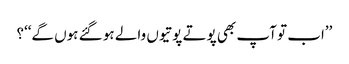
’’اب تو آپ بھی پوتے پوتیوں والے ہو گئے ہوں گے‘‘؟